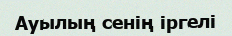
Ауылың сенің іргелі